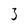
Character: 3